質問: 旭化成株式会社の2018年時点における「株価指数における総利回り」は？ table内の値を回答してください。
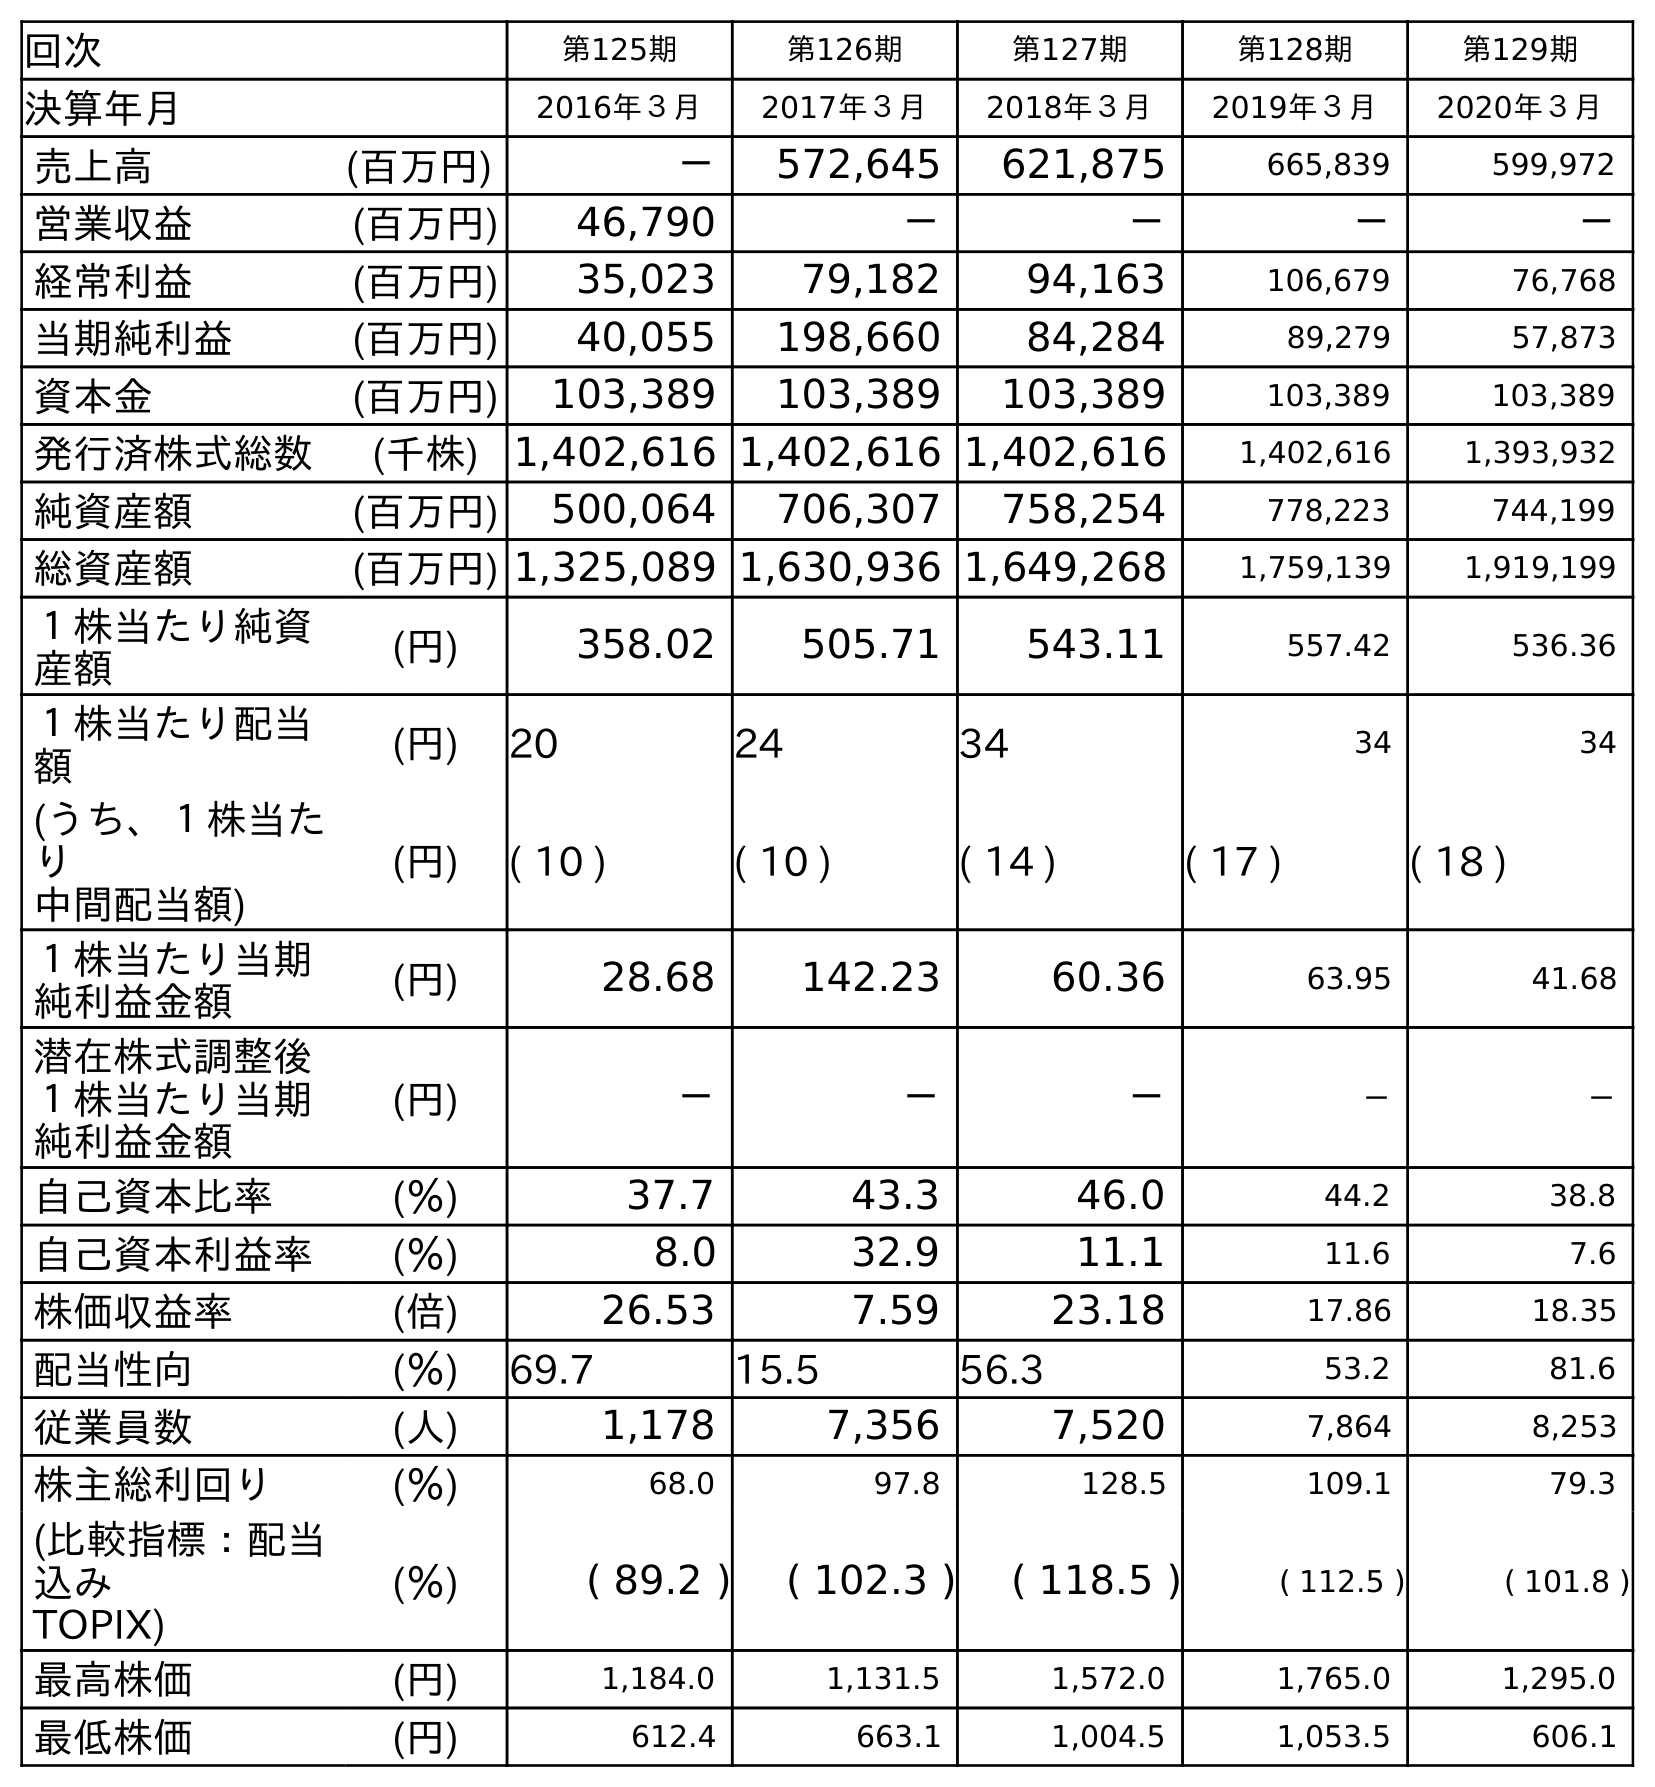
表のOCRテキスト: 回次 第125期 第126期 第127期 第128期 第129期 決算年月 2016年３月 2017年３月 2018年３月 2019年３月 2020年３月 売上高 (百万円) － 572,645 621,875 665,839 599,972 営業収益 (百万円) 46,790 － － － － 経常利益 (百万円) 35,023 79,182 94,163 106,679 76,768 当期純利益 (百万円) 40,055 198,660 84,284 89,279 57,873 資本金 (百万円) 103,389 103,389 103,389 103,389 103,389 発行済株式総数 (千株) 1,402,616 1,402,616 1,402,616 1,402,616 1,393,932 純資産額 (百万円) 500,064 706,307 758,254 778,223 744,199 総資産額 (百万円) 1,325,089 1,630,936 1,649,268 1,759,139 1,919,199 １株当たり純資 産額 (円) 358.02 505.71 543.11 557.42 536.36 １株当たり配当 額 (円) 20 24 34 34 34 (うち、１株当た り 中間配当額) (円) ( 10 ) ( 10 ) ( 14 ) ( 17 ) ( 18 ) １株当たり当期 純利益金額 (円) 28.68 142.23 60.36 63.95 41.68 潜在株式調整後 １株当たり当期 純利益金額 (円) － － － － － 自己資本比率 (％) 37.7 43.3 46.0 44.2 38.8 自己資本利益率 (％) 8.0 32.9 11.1 11.6 7.6 株価収益率 (倍) 26.53 7.59 23.18 17.86 18.35 配当性向 (％) 69.7 15.5 56.3 53.2 81.6 従業員数 (人) 1,178 7,356 7,520 7,864 8,253 株主総利回り (％) 68.0 97.8 128.5 109.1 79.3 (比較指標：配当 込み TOPIX) (％) ( 89.2 ) ( 102.3 ) ( 118.5 ) ( 112.5 ) ( 101.8 ) 最高株価 (円) 1,184.0 1,131.5 1,572.0 1,765.0 1,295.0 最低株価 (円) 612.4 663.1 1,004.5 1,053.5 606.1
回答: (118.5)